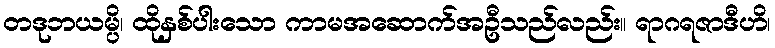
တဒုဘယမ္ပိ၊ ထိုနှစ်ပါးသော ကာမအဆောက်အဦသည်လည်း။ ရာဂရဇာဒီဟိ၊